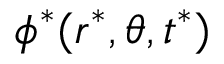
\phi ^ { * } ( r ^ { * } , \theta , t ^ { * } )